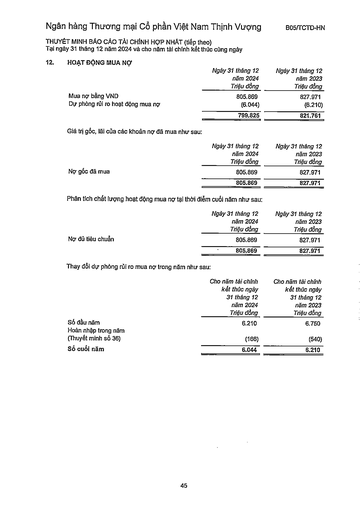
||Ngày 31 tháng 12 năm 2024 Triệu đồng|Ngày 31 tháng 12 năm 2023 Triệu đồng| |---|---|---| |Mua nợ bằng VND|805,869|827.971| |Dự phòng rủi ro hoạt động mua nợ|(6.044)|(6.210)| ||799.825|821.761| ||Ngày 31 tháng 12 năm 2024 Triệu đồng|Ngày 31 tháng 12 năm 2023 Triệu đồng| |---|---|---| |Nợ gốc đã mua|805.869|827.971| ||805.869|827.971| ||Ngày 31 tháng 12 năm 2024 Triệu đồng|Ngày 31 tháng 12 năm 2023 Triệu đồng| |---|---|---| |Nợ đủ tiêu chuẩn|805.869|827.971| ||805.869|827.971| ||Cho năm tài chính kết thúc ngày 31 tháng 12 năm 2024 Triệu đồng|Cho năm tài chính kết thúc ngày 31 tháng 12 năm 2023 Triệu đồng| |---|---|---| |Số đầu năm|6.210|6.750| |Hoàn nhập trong năm (Thuyết minh số 36)|(166)|(540)| |Số cuối năm|6.044|6.210|